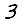
Digit: 3